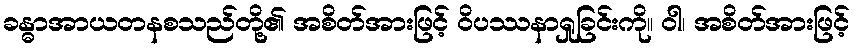
ခန္ဓာအာယတနစသည်တို့၏ အစိတ်အားဖြင့် ဝိပဿနာရှုခြင်းကို။ ဝါ၊ အစိတ်အားဖြင့်